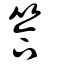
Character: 答